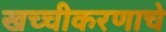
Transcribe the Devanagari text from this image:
खच्चीकरणाचे